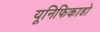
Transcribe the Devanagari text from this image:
यूनिफिकाडो